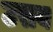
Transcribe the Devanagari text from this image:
उसय